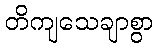
တိကျသေချာစွာ